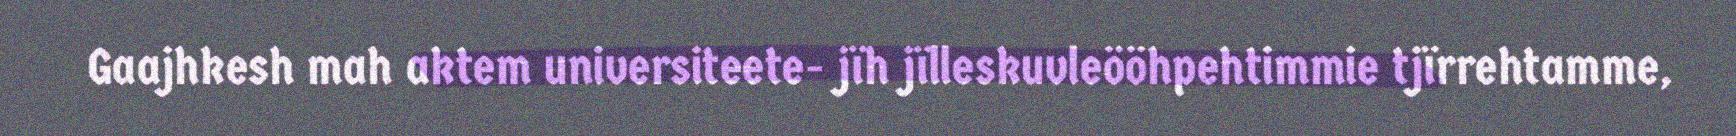
Gaajhkesh mah aktem universiteete- jïh jïlleskuvleööhpehtimmie tjïrrehtamme,